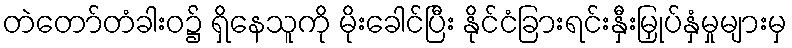
တဲတော်တံခါးဝ၌ ရှိနေသူကို မိုးခေါင်ပြီး နိုင်ငံခြားရင်းနှီးမြှုပ်နှံမှုများမှ